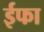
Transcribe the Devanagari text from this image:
ईफा